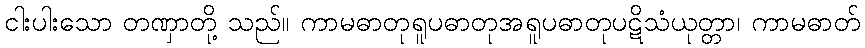
ငါးပါးသော တဏှာတို့ သည်။ ကာမဓာတုရူပဓာတုအရူပဓာတုပဋိသံယုတ္တာ၊ ကာမဓာတ်